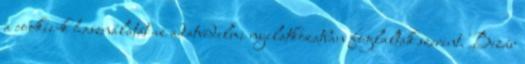
a cookie-k használatát az adatvédelmi nyilatkozatban foglaltak szerint. Bezár